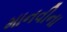
માનવીના